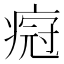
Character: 𬏸